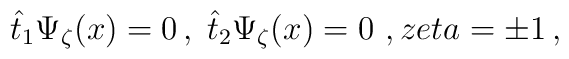
\hat{t}_{1}\Psi _{\zeta }(x)=0\,,\;\hat{t}_{2}\Psi _{\zeta }(x)=0\,\,,\;\\zeta =\pm 1\,,